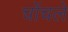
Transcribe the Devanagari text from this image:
चोंचले